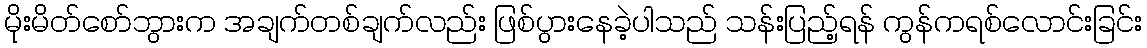
မိုးမိတ်စော်ဘွားက အချက်တစ်ချက်လည်း ဖြစ်ပွားနေခဲ့ပါသည် သန်းပြည့်ရန် ကွန်ကရစ်လောင်းခြင်း